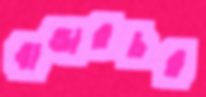
বান্ডারচর